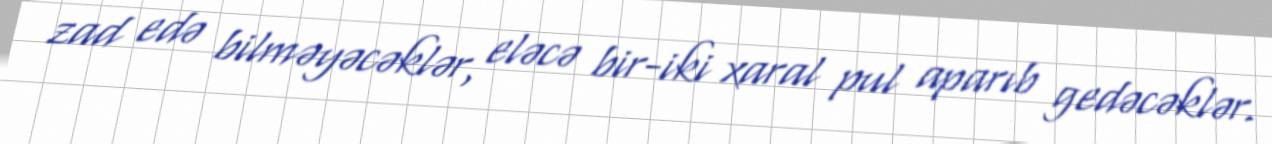
zad edə bilməyəcəklər, eləcə bir-iki xaral pul aparıb gedəcəklər.